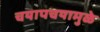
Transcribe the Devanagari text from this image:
चयापचयामुळे